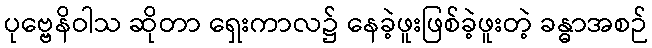
ပုဗ္ဗေနိဝါသ ဆိုတာ ရှေးကာလ၌ နေခဲ့ဖူးဖြစ်ခဲ့ဖူးတဲ့ ခန္ဓာအစဉ်